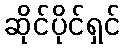
ဆိုင်ပိုင်ရှင်